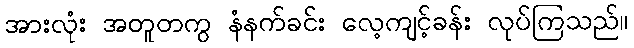
အားလုံး အတူတကွ နံနက်ခင်း လေ့ကျင့်ခန်း လုပ်ကြသည်။